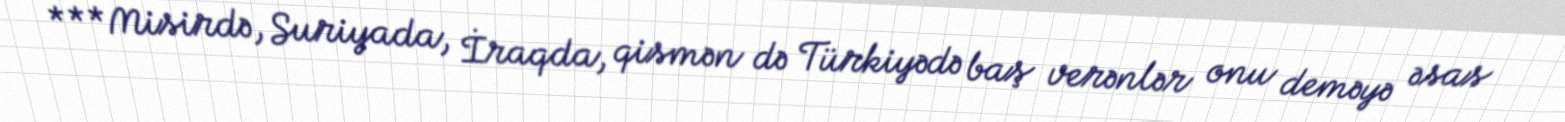
***Misirdə, Suriyada, İraqda, qismən də Türkiyədə baş verənlər onu deməyə əsas